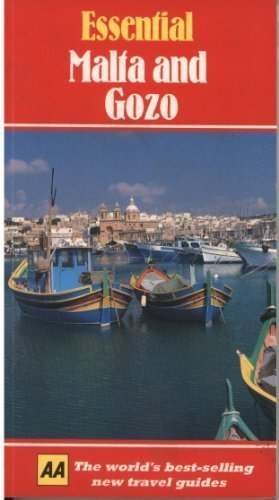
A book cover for Essential Malta and Gozo (AA Essential); Carole Chester; Travel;